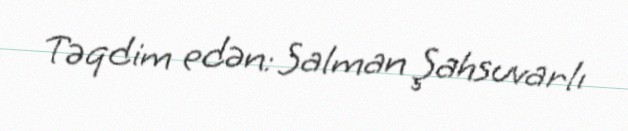
Təqdim edən: Salman Şahsuvarlı